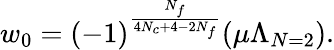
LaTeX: w_{0}=(-1)^{\frac{N_{f}}{4N_{c}+4-2N_{f}}}(\mu\Lambda_{N=2}).